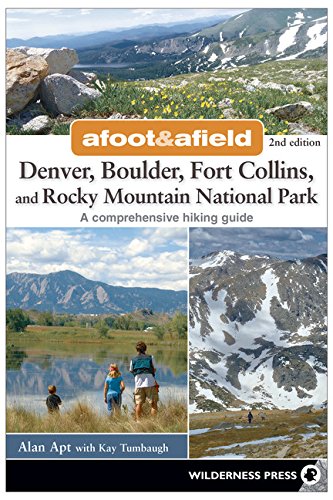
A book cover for Afoot and Afield: Denver, Boulder, Fort Collins, and Rocky Mountain National Park: 184 Spectacular Outings in the Colorado Rockies; Alan Apt; Health, Fitness & Dieting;